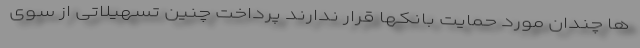
ها چندان مورد حمایت بانکها قرار ندارند پرداخت چنین تسهیلاتی از سوی